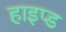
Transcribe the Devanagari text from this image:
हाइप्ड